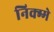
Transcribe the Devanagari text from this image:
निक्म्मे